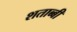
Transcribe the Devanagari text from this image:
शताब्बी